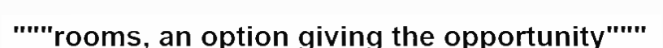
"""rooms, an option giving the opportunity"""